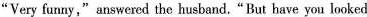
“ Very funny ,"answered the husband.“But have you looked